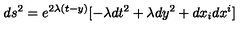
d s ^ { 2 } = e ^ { 2 \lambda ( t - y ) } [ - \lambda d t ^ { 2 } + \lambda d y ^ { 2 } + d x _ { i } d x ^ { i } ]